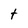
Character: t